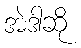
အဲဒါဆို